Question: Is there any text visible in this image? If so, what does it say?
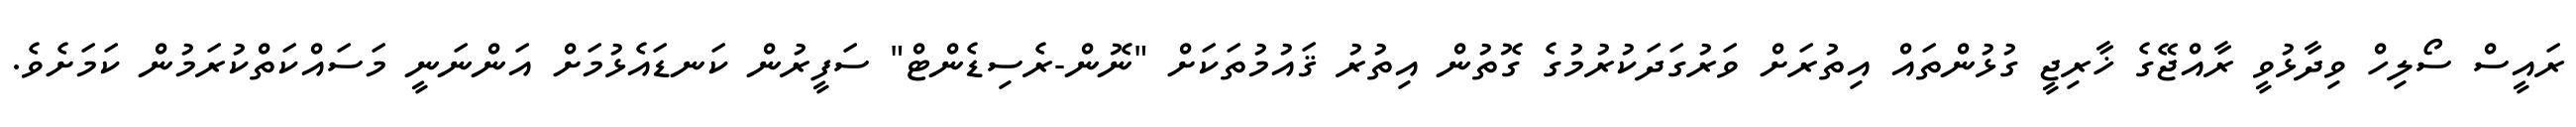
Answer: ރައީސް ސޯލިހް ވިދާޅުވީ ރާއްޖޭގެ ޚާރިޖީ ގުޅުންތައް އިތުރަށް ވަރުގަދަކުރުމުގެ ގޮތުން އިތުރު ޤައުމުތަކަށް "ނޮން-ރެސިޑެންޓް" ސަފީރުން ކަނޑައެޅުމަށް އަންނަނީ މަސައްކަތްކުރަމުން ކަމަށެވެ.